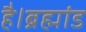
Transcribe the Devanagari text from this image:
है।ब्रह्मांड